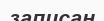
записан